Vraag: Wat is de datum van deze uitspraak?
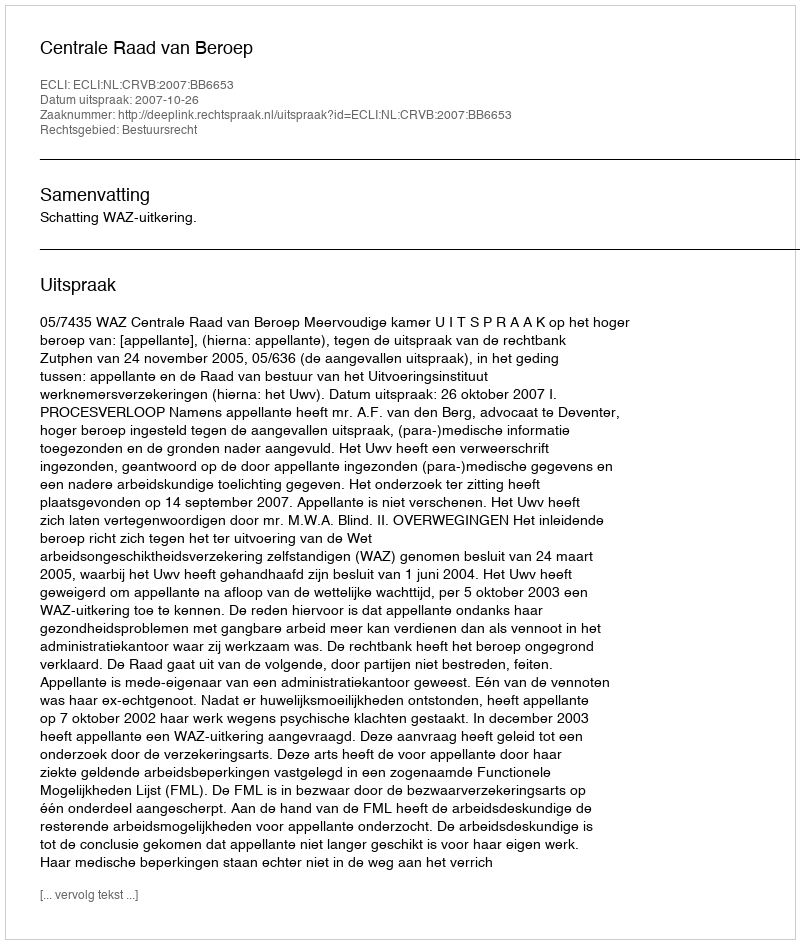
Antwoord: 2007-10-26